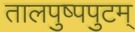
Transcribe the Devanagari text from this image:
तालपुष्पपुटम्